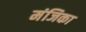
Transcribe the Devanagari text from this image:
मंजिका